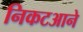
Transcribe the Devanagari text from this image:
निकटआने